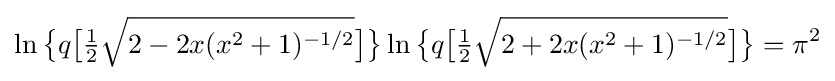
\ln {\bigl \{}q{\bigl [}{\tfrac {1}{2}}{\sqrt {2-2x(x^{2}+1)^{-1/2}}}{\bigr ]}{\bigr \}}\ln {\bigl \{}q{\bigl [}{\tfrac {1}{2}}{\sqrt {2+2x(x^{2}+1)^{-1/2}}}{\bigr ]}{\bigr \}}=\pi ^{2}